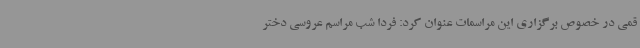
قمی در خصوص برگزاری این مراسمات عنوان کرد: فردا شب مراسم عروسی دختر